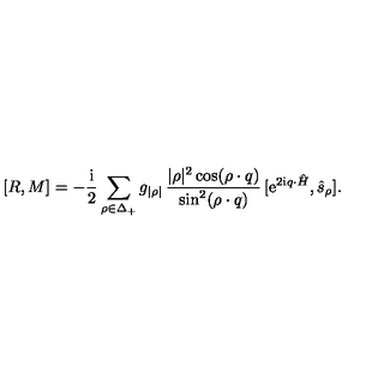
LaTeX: [ R , M ] = - \mathrm { \frac { i } { 2 } } \sum _ { \rho \in \Delta _ { + } } g _ { | \rho | } \thinspace { \frac { | \rho | ^ { 2 } \cos ( \rho \cdot q ) } { \sin ^ { 2 } ( \rho \cdot q ) } } \thinspace [ \mathrm { e } ^ { 2 \mathrm { i } q \cdot \hat { H } } , \hat { s } _ { \rho } ] .